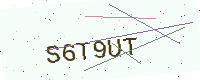
Text: S6T9UT